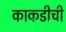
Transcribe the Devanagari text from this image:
काकडीची